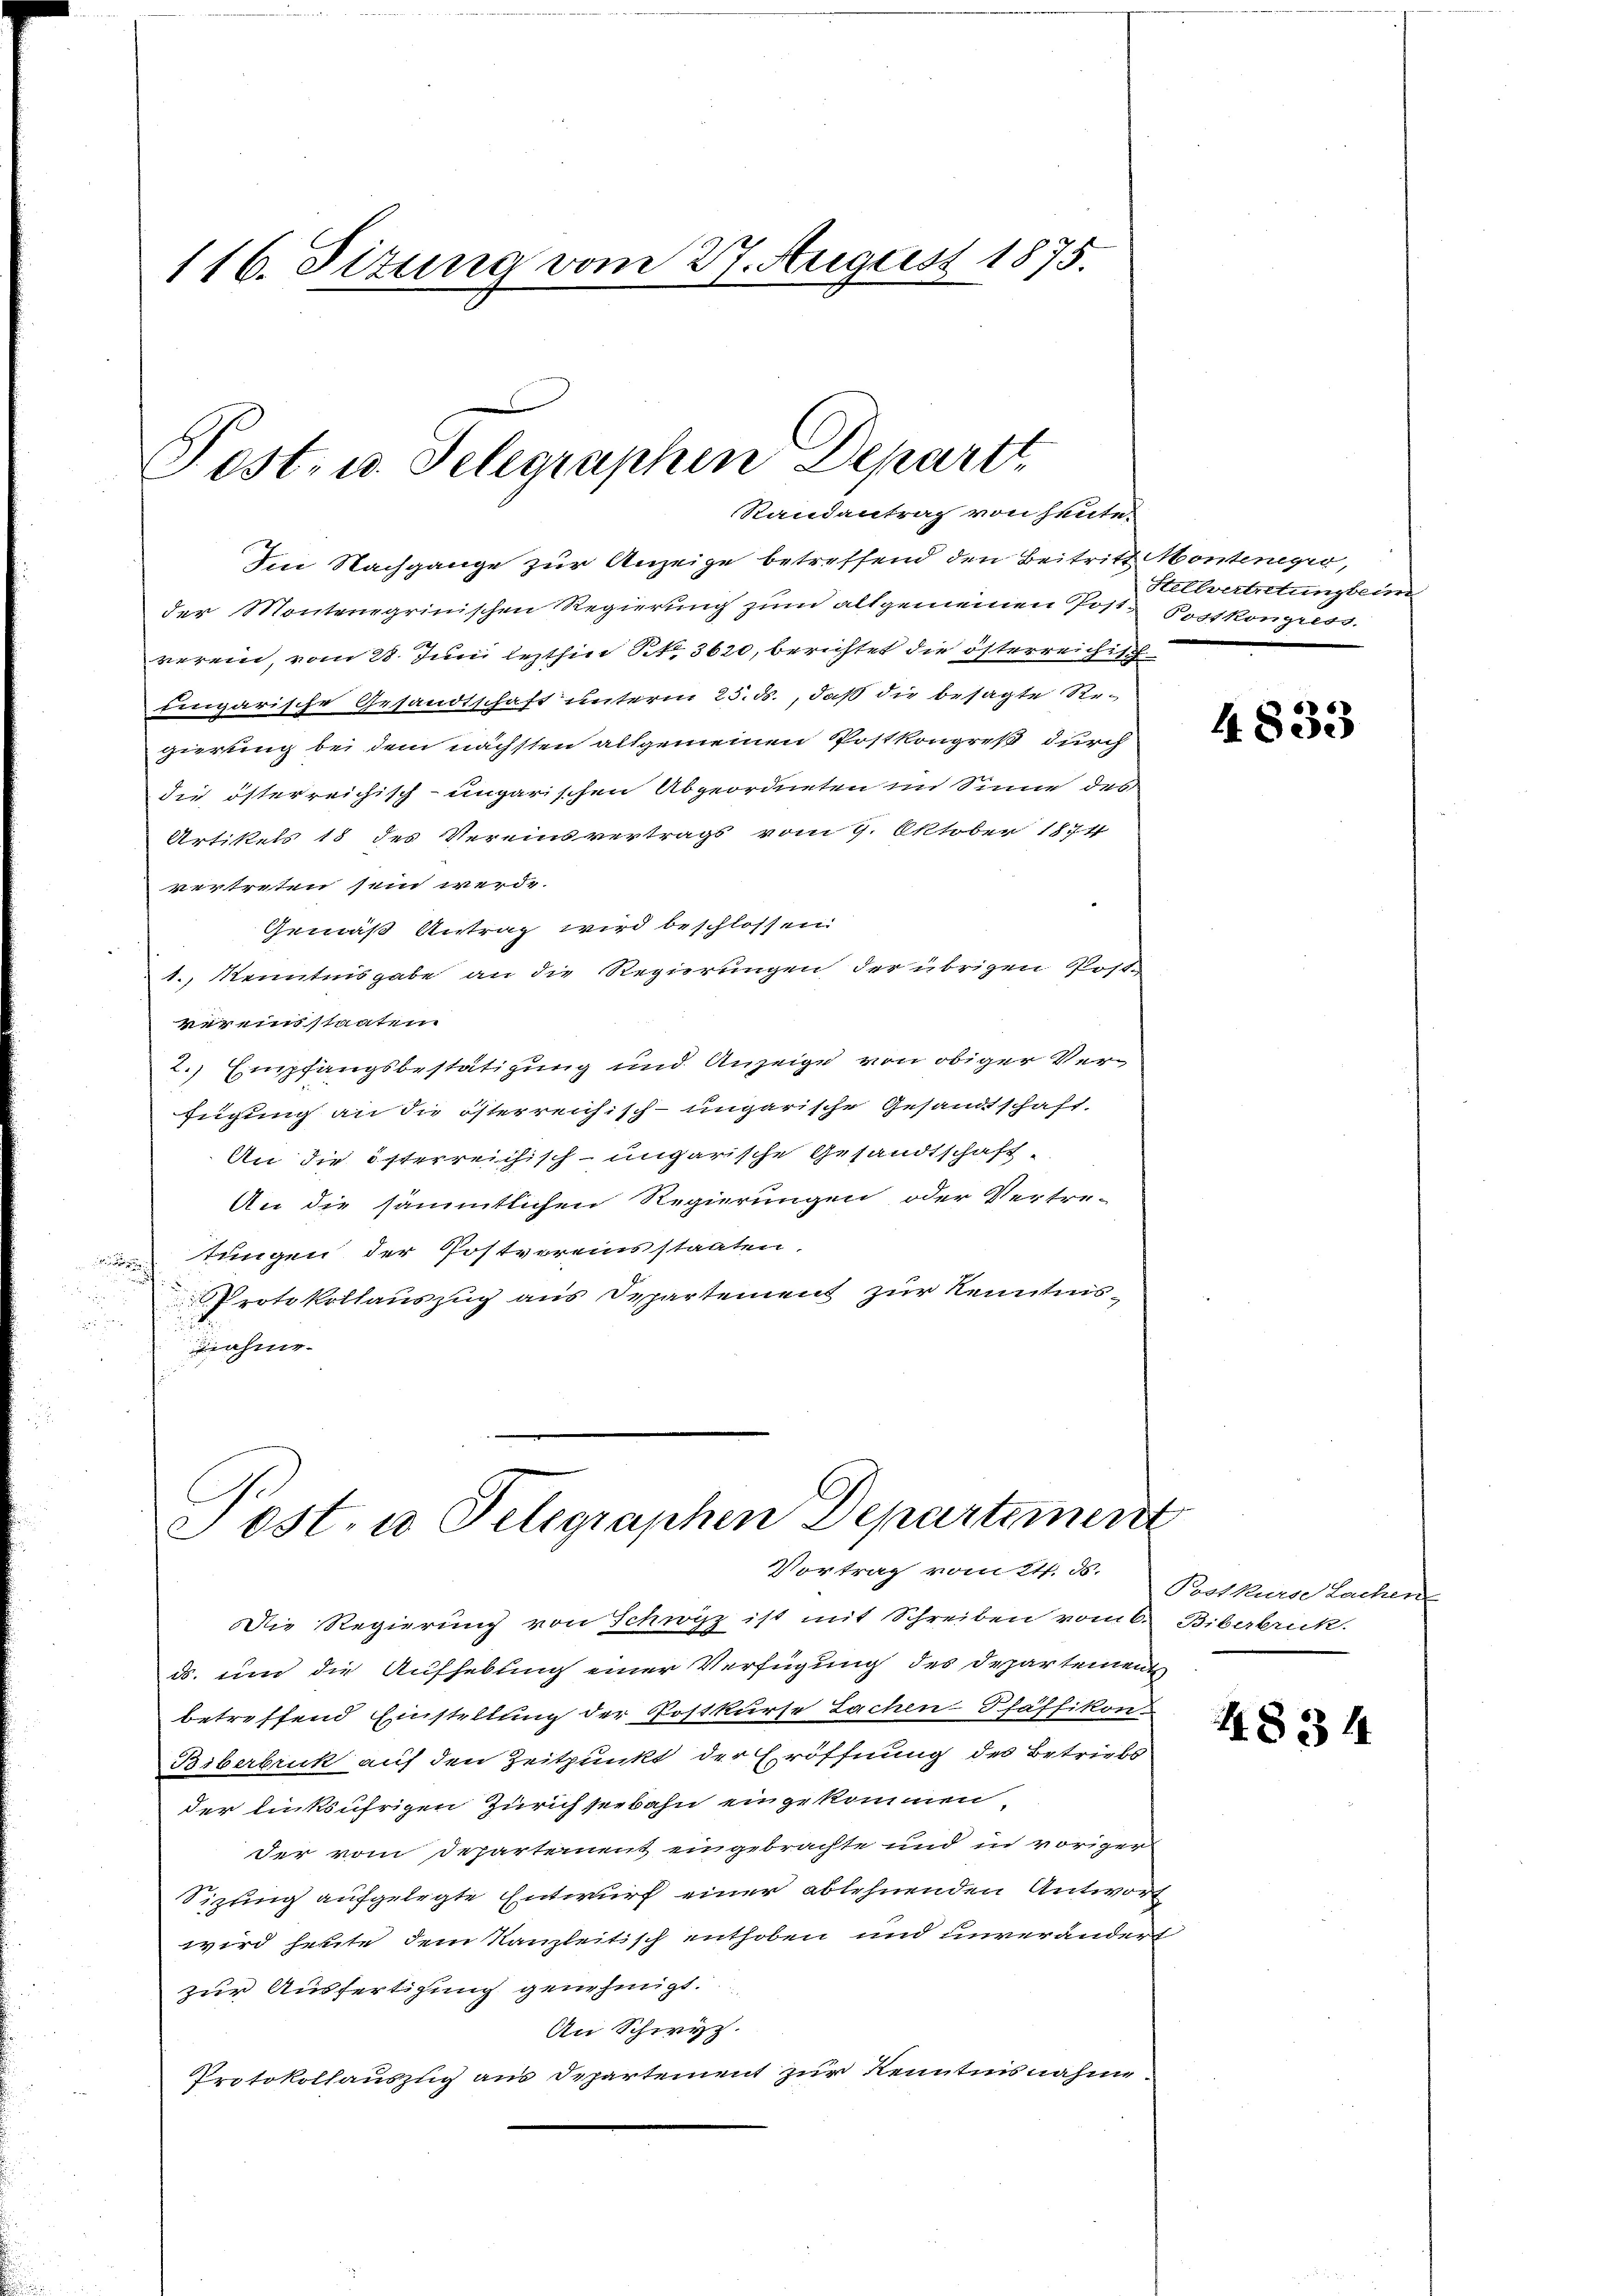
116. Situng vom 27. August 1875.

Post, u. Telegraphen Departt
Randantrag von heute.

Ien Nachgange zur Anzeige betreffend den Beitritt Montenegio,
der Montengrinischen Regierung zum altgemeinen Post Postkongress
verein, vom 28. Juni lezthin S. 3620, berichtet die österreichisch
Eingarische Gesandtschaft unterm 25. ds., daß die besagte Re-
gierung bei dem nächsten allgemeinen Postkongreß durch
die österreichisch-ungarischen Abgeordneten im Sinne des
Artikels 18 des Vereinsvertrags vom 9. Oktober 1874
vertreten sein werde
Gemäß Antrag wird beschlossen.
1. Kenntnisgabe an die Regierungen der übrigen Postvereinstaaten
2.) Empfangsbestätigung und Anzeige von obiger Verfügung an die österreichisch-ungarische Gesandtschaft,
An die österreichisch-ungarische Gesandtschaft
An die sämmtlichen Regierungen, oder Vertre-
tungen der Postvereinsstaaten.

e
Protokollauszug aus Departement zur Kenntnis¬

ahne

Post. in Telegraphen Departement

Vortrag vom 24. ds.
Die Regierung von Schwyz ist mit Schreiben vom 6. Biberbruk.
ds. ein die Aufhebung einer Verfügung des Departement
betreffend Einstellung der Postkurse Lachen-Pfäffikon
Biberbruck auf den Zeitpunkt der Eröffnung des Betriebs
der linksufrigen Zürichseebahn engekommen
der vom Departement eingebrachte und in voriger
Sizung aufgelegte Entwurf einer ablehnenden Antwort
wird heute dem Kanzleitisch enthoben und unverändert
zur Ausfertigung genehmigt.
An Schwyz.
Protokollauszug aus Departement zur Kenntnisnahme.

Stellvertretung beim

4833

Postkurse Lachen

4834